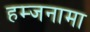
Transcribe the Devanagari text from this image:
हम्जनामा